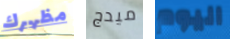
مظهرك ميدج اليوم